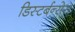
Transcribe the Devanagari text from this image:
डिस्टर्बन्सेस्